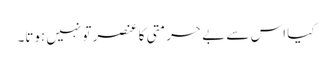
کیا اس سے بے حرمتی کا عنصر تو نہیں ہوتا۔